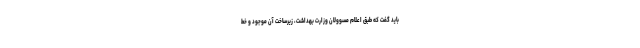
باید گفت که طبق اعلام مسوولان وزارت بهداشت، زیرساخت آن موجود و خط